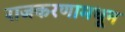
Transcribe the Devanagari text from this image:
राजकरणामधून